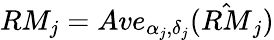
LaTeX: RM_{j}=Ave_{\alpha_{j},\delta_{j}}(\hat{RM}_{j})